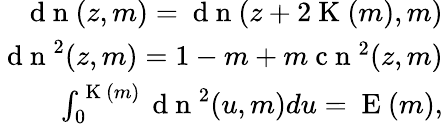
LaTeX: \begin{array}{r}{\mathrm{~d~n~}(z,m)=\mathrm{~d~n~}(z+2\mathrm{~K~}(m),m)}\\ {\mathrm{~d~n~}^{2}(z,m)=1-m+m\mathrm{~c~n~}^{2}(z,m)}\\ {\int_{0}^{\mathrm{~K~}(m)}\mathrm{~d~n~}^{2}(u,m)du=\mathrm{~E~}(m),}\end{array}